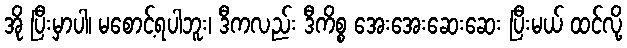
အို ပြီးမှာပါ၊ မစောင့်ရပါဘူး၊ ဒီကလည်း ဒီကိစ္စ အေးအေးဆေးဆေး ပြီးမယ် ထင်လို့